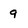
Character: 9